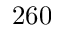
2 6 0